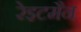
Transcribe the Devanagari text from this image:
रेइटमैन